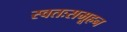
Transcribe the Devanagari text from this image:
स्वतःसमूहन